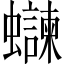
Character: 𫋨